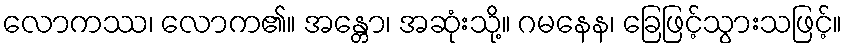
လောကဿ၊ လောက၏။ အန္တော၊ အဆုံးသို့။ ဂမနေန၊ ခြေဖြင့်သွားသဖြင့်။